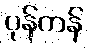
ပုန်ကန်